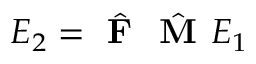
E _ { 2 } = \hat { \textbf { F } } \hat { \textbf { M } } E _ { 1 }